Annual administration and progress report of the Indian Medical Department, Bombay
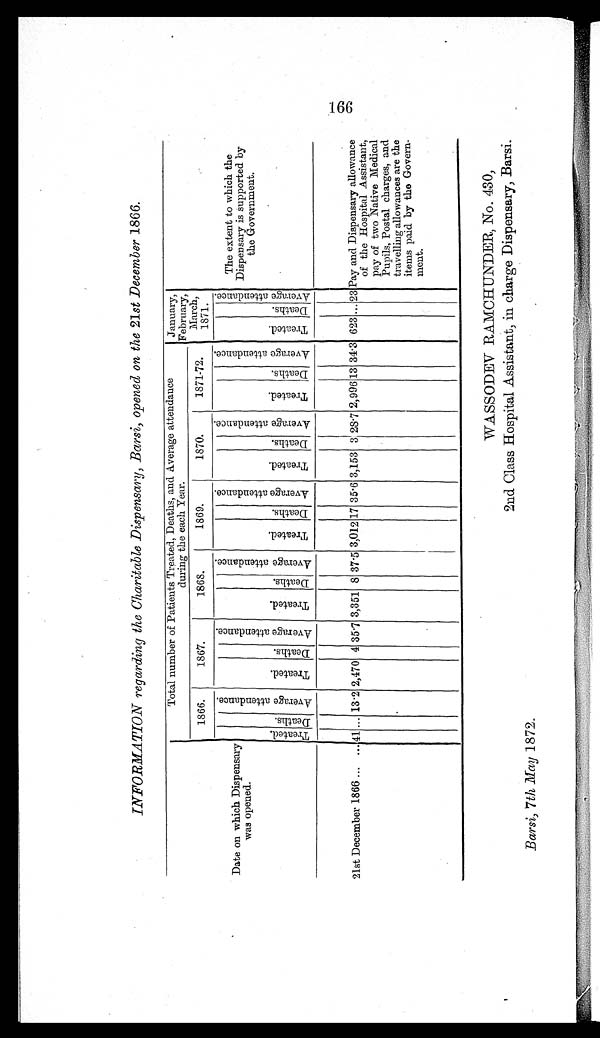
INFORMATION regarding the Charitable Dispensary, Barsi, opened on the 21st December 1866.
Date on which Dispensary
was opened.
Total number of Patients Treated, Deaths, and Average attendance
during the each Year.
January,
February,
March,
1871.
The extent to which the
Dispensary is supported by
the Government.
1866.
1867.
1868.
1869.
1870.
1871-72.
T r e a t e d .
D e a t h s .
A v e r a g e a t t e n d a n c e .
Tr eat ed. D e a t h s .
A v e r a g e a t t e n d a n c e .
T r e a t e d .
D e a t h s .
A v e r a g e a t t e n d a n c e .
T r e a t e d .
D e a t h s .
A v e r a g e a t t e n d a n c e .
Tr eat ed.
D e a t h s .
A v e r a g e a t t e n d a n c e .
T r e a t e d . D e a t h s .
A v e r a g e a t t e n d a n c e .
T r e a t e d . D e a t h s .
A v e r a g e a t t e n d a n c e .
21st December 1866 ... ... 41 ... 13.2 2,470 4 35.7 3,351 8 37.5 3,012 17 35.6 3,153 3 28.7 2,996 13 34.3 623 ... 23 Pay and Dispensary allowance
of the Hospital Assistant,
pay of two Native Medical
Pupils, Postal charges, and
travelling allowances are the
items paid by the Govern-
ment.
WASSODEV RAMCHUNDER, No. 430,
2nd Class Hospital Assistant, in charge Dispensary, Barsi.
Barsi, 7th May 1872.
166